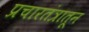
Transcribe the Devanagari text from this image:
प्रचारतंत्रातून